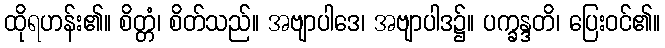
ထိုရဟန်း၏။ စိတ္တံ၊ စိတ်သည်။ အဗျာပါဒေ၊ အဗျာပါဒ၌။ ပက္ခန္ဒတိ၊ ပြေးဝင်၏။